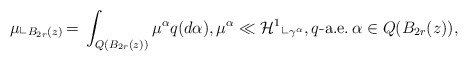
\begin{align*}\mu \llcorner_{B_{2r}(z)}\, = \, \int_{Q( B_{2r}(z) ) } \mu^{\alpha} q(d\alpha), \mu^{\alpha } \ll \mathcal{H}^{1}\llcorner_{\gamma^{\alpha}}, q\textrm{-a.e.} \, \alpha \in Q( B_{2r}(z) ),\end{align*}